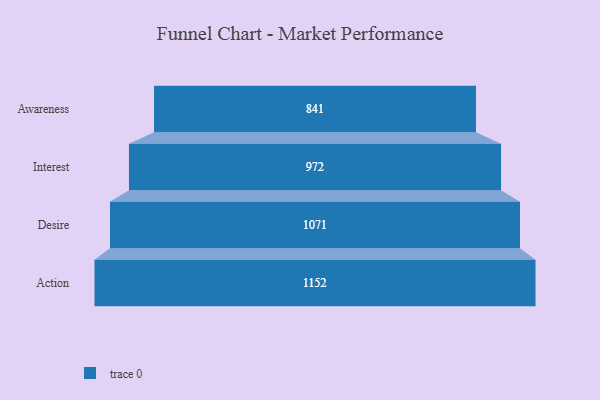
{"axis": {"x": "Stage", "y": "Value"}, "legend": [""], "data": [{"x": "Awareness", "y": 841.0, "type": ""}, {"x": "Interest", "y": 972.0, "type": ""}, {"x": "Desire", "y": 1071.0, "type": ""}, {"x": "Action", "y": 1152.0, "type": ""}]}